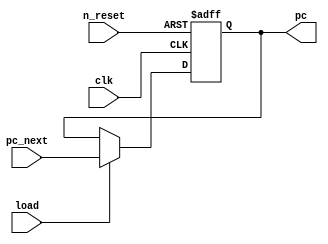
module prg_cntr
#(  parameter N = 32   // Parameter defining the number of bits for the PC counter
)(
    input wire clk, n_reset,  // Clock and reset inputs
    input load,  // Load input for setting a new PC value
    input [N-1: 0] pc_next,  // Input for the next PC value to be loaded
    output wire [N-1: 0] pc  // Output for the current PC value
    );

    reg [N-1: 0] current_pc;   // Register to hold the current PC value

    always @(posedge clk or negedge n_reset) begin   // On every positive edge of the clock, or on a negative edge of reset
        if (!n_reset) begin   // If reset is active (low)
            current_pc <= 0;   // Reset the current PC value to zero
        end
        else if(load) begin   // If load is active (high)
            current_pc <= pc_next;   // Set the current PC value to the new PC value (pc_next)
        end
    end
    assign pc = current_pc;
endmodule